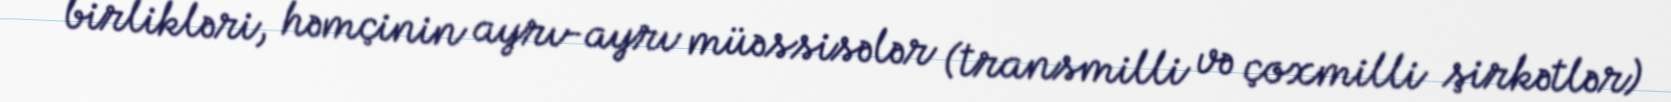
birlikləri, həmçinin ayrı-ayrı müəssisələr (transmilli və çoxmilli şirkətlər)